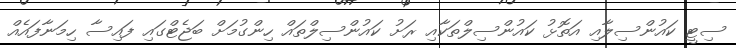
ސިޓީ ކައުންސިލާއި އަތޮޅު ކައުންސިލްތަކާއި ރަށު ކައުންސިލްތައް ހިންގުމަށް ބަޖެޓްގައި ފައިސާ ހިމަނާފައެއް